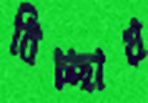
বিচ্ছায়